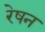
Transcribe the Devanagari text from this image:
रेषन